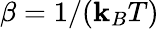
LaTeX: \beta=1/(\mathbf{k}_{B}T)